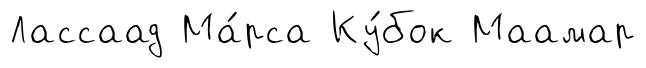
Лассаад Ма́рса Ку́бок Маамар